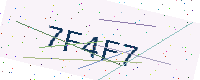
Text: 7F4F7